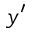
y ^ { \prime }